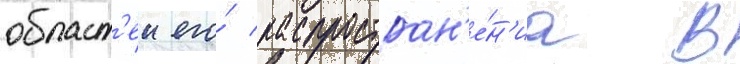
област'еи его́ распростран'е́н'иа в